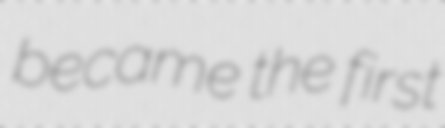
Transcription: became the first